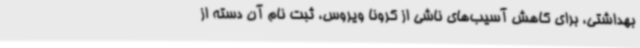
بهداشتی، برای کاهش آسیب‌های ناشی از کرونا ویروس، ثبت نام آن دسته از